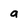
Character: a